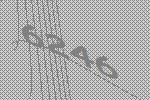
6246